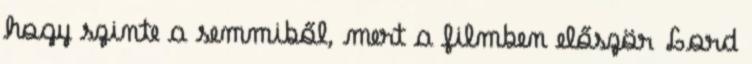
hogy szinte a semmiből, mert a filmben először Lord